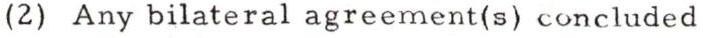
(2) Any bilateral agreement(s) concluded